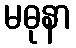
မဓုနာ